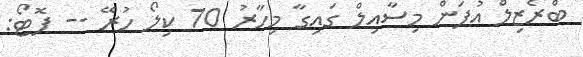
ބްރެޒިލް އުފަން މިސާއިލް ގައިގާ މިހާރު 70 ކިލޯ ހުރޭ -- ފޮޓޯ: